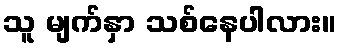
သူ မျက်နှာ သစ်နေပါလား။